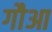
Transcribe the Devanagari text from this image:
गौआ